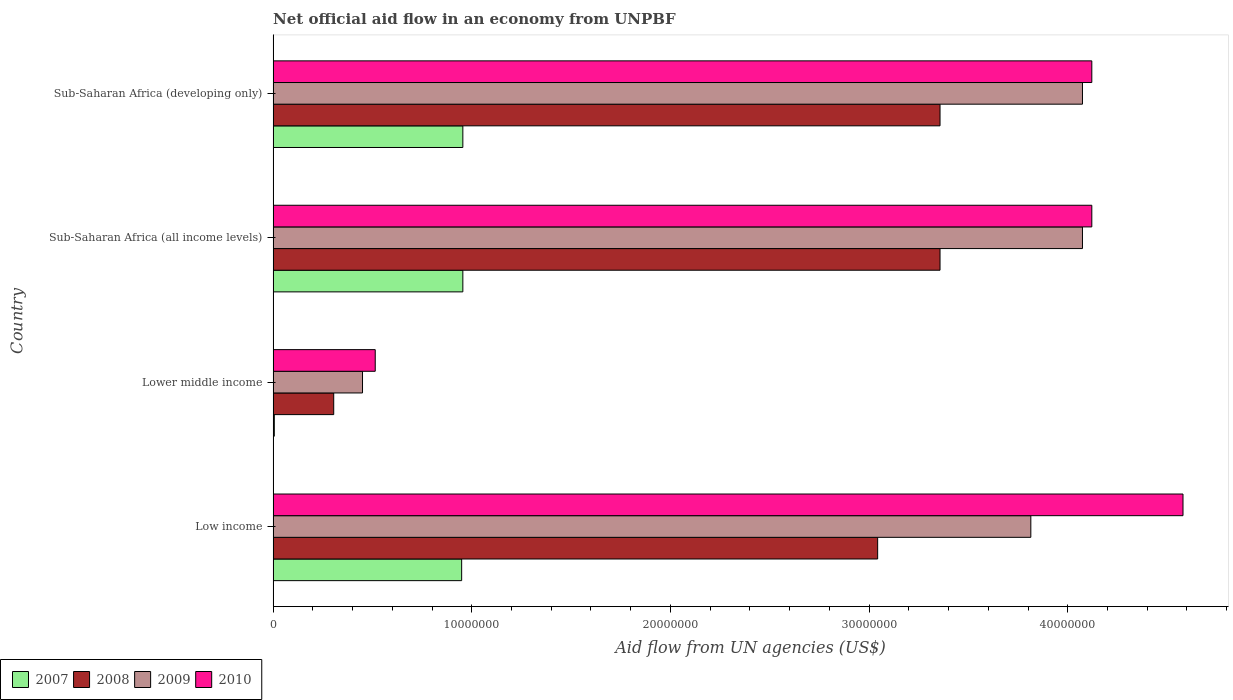
| Country | 2007 | 2008 | 2009 | 2010 |
 | --- | --- | --- | --- | --- |
 | Low income | 9.49e+06 | 3.04e+07 | 3.81e+07 | 4.58e+07 |
 | Lower middle income | 6e+04 | 3.05e+06 | 4.5e+06 | 5.14e+06 |
 | Sub-Saharan Africa (all income levels) | 9.55e+06 | 3.36e+07 | 4.07e+07 | 4.12e+07 |
 | Sub-Saharan Africa (developing only) | 9.55e+06 | 3.36e+07 | 4.07e+07 | 4.12e+07 |